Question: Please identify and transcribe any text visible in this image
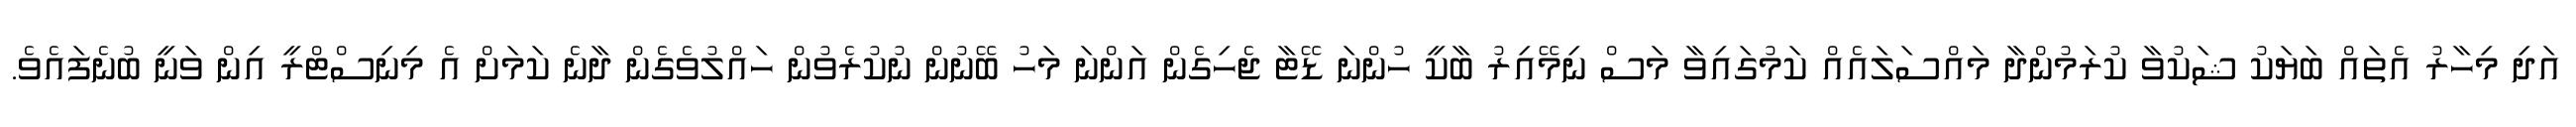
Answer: އަދި މިހާރު އެތައް ބަޔަކު ޝަކުވާ ކުރަމުންދާ މައްސަލައެއް ކަމުގައިވާ މަސް ނިމޭއިރު ބާކީ ހުންނަ ޑޭޓާ ޖެހިގެން އަންނަ މަހު ބޭނުން ނުކުރެވުން ހައްލުވެގެން ދާނެ ކަމަށް އެ މިނިސްޓްރީ އިން ވަނީ ބުނެފައެވެ.